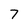
Character: 7